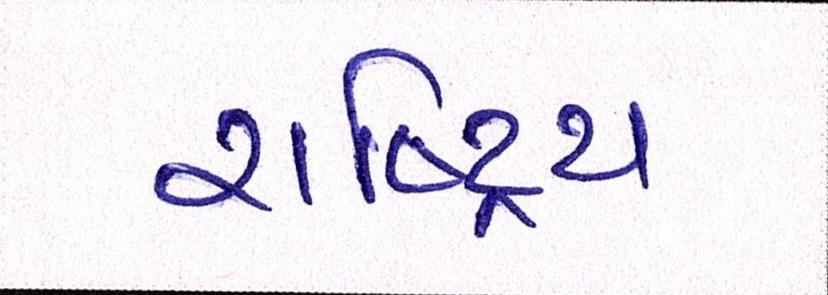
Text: રાષ્ટ્રિય